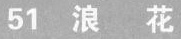
51 浪 花